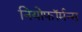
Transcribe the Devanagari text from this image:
नियोफॉर्मन्स